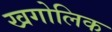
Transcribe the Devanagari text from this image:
खगोलिक